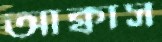
আক্বাস